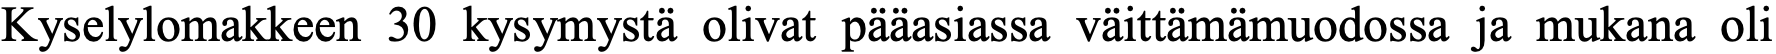
Kyselylomakkeen 30 kysymystä olivat pääasiassa väittämämuodossa ja mukana oli